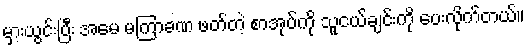
မှားယွင်းပြီး အမေ မကြာခဏ ဖတ်တဲ့ စာအုပ်ကို သူငယ်ချင်းကို ပေးလိုက်တယ်။